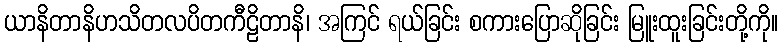
ယာနိတာနိဟသိတလပိတကီဠိတာနိ၊ အကြင် ရယ်ခြင်း စကားပြောဆိုခြင်း မြူးထူးခြင်းတို့ကို။